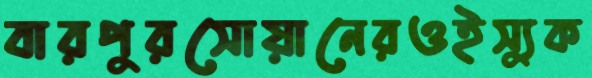
বারপুরসোয়ানেরওইস্যুক